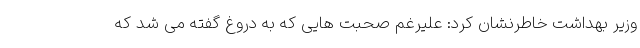
وزیر بهداشت خاطرنشان کرد: علیرغم صحبت هایی که به دروغ گفته می شد که